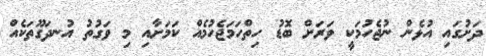
ދަށުގައި އުޅެން ނުޖެހުމަކީ ވަރަށް ބޮޑު ހިތްހަމަޖެހުމެއް ކަމަށާއި މި ވަގުތު އުނދަގޫތަކެއް